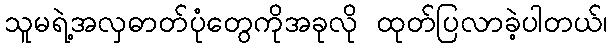
သူမရဲ့အလှဓာတ်ပုံတွေကိုအခုလို ထုတ်ပြလာခဲ့ပါတယ်၊